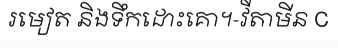
រមៀត និងទឹកដោះគោ។-វីតាមីន C